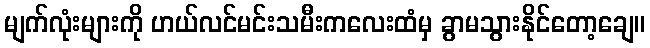
မျက်လုံးများကို ဟယ်လင်မင်းသမီးကလေးထံမှ ခွာမသွားနိုင်တော့ချေ။